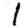
Digit: 1